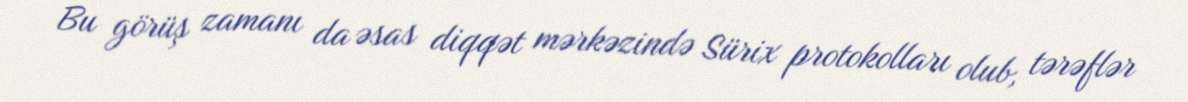
Bu görüş zamanı da əsas diqqət mərkəzində Sürix protokolları olub, tərəflər